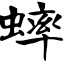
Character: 蟀